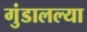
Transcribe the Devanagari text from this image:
गुंडालल्या